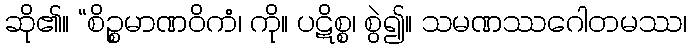
ဆို၏။ “စိဉ္စမာဏဝိကံ၊ ကို။ ပဋိစ္စ၊ စွဲ၍။ သမဏဿဂေါတမဿ၊